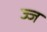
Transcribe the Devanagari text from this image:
ज्ज